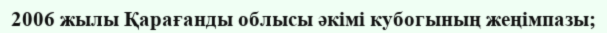
2006 жылы Қарағанды облысы әкімі кубогының жеңімпазы;